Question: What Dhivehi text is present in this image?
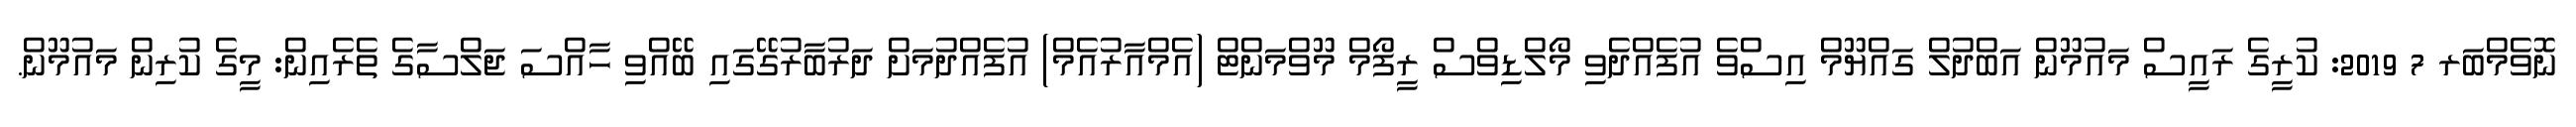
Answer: ނޮވެމްބަރ 7 2019: ކުރީގެ ރައީސް މައުމޫން އަބްދުލް ގައްޔޫމް އިސްވެ އުފެއްދެވި މޯލްޑިވްސް ރީފޯމް މޫވްމަންޓް (އެމްއާރުއެމް) އުފެއްދުމަށް ދަރުބާރުގޭގައި ބޭއްވި ހާއްސަ ޖަލްސާގެ ތެރެއިން: މީގެ ކުރިން މައުމޫން.